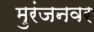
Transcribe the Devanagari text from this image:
मुरंजनवर